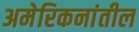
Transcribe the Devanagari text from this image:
अमेरिकनांतील